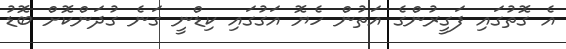
އެ ގޮތުގައި ފަގީރުންގެ އަތުން ހެޔޮ އަގުގައި ކިޑްނީ ގަނެ ގުދަންކޮށް ބޮޑު